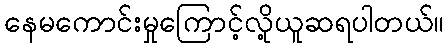
နေမကောင်းမှုကြောင့်လို့ယူဆရပါတယ်။